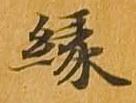
縁